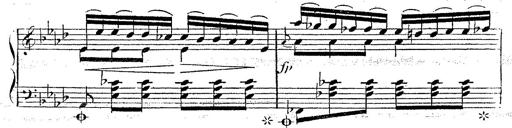
Title: 12 Lieder von Franz Schubert
Composer: Franz Liszt